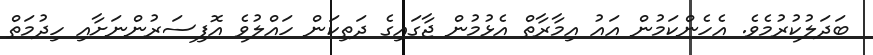
ބަދަލުކުރުމެވެ. އެހެންކަމުން އައު އިމާރާތް އެޅުމުން ޖާގައިގެ ދަތިކަން ހައްލުވެ އޮފިސަރުންނަށާއި ހިދުމަތް